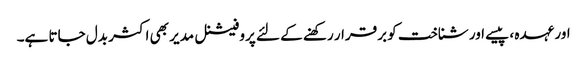
اور عہدہ ، پیسے اور شناخت کو برقرار رکھنے کے لئے پروفیشنل مدیر بھی اکثر بدل جاتا ہے۔